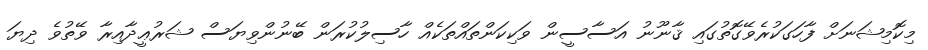
މިކޮމިޝަނަށް ފާހަގަކުރެވޭގޮތުގައި ޤާނޫނު އަސާސީން ވަކިކަންތައްތަކެއް ހާސިލުކުރަން ބޭނުންވިޔަސް ޝަރުޢީދާއިރާ ވޭތުވެ ދިޔަ